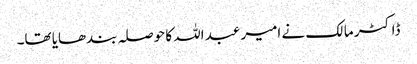
ڈاکٹر مالک نے امیر عبد اللہ کا حوصلہ بندھایا تھا۔